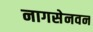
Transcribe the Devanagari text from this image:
नागसेनवन